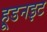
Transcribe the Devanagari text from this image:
हूडनइट